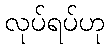
လုပ်ရပ်ဟု